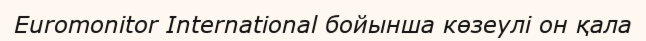
Euromonitor International бойынша көзеулі он қала